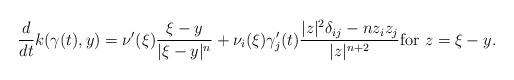
LaTeX: \begin{align*}\frac{d}{dt} k(\gamma(t),y) = \nu'(\xi) \frac{\xi-y}{|\xi-y|^n} + \nu_i(\xi) \gamma'_j(t) \frac{|z|^2 \delta_{ij}- n z_i z_j}{|z|^{n+2}} \mbox{for } z= \xi-y. \end{align*}